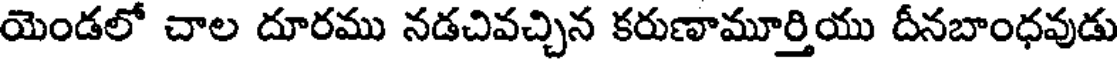
యెండలో చాల దూరము నడచివచ్చిన కరుణామూర్తియు దీనబాంధవుడు